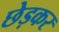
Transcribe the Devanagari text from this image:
छेड़कर